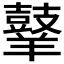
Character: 𪔙